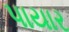
પાયાર